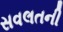
સવલતની